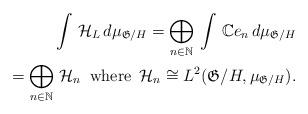
LaTeX: \begin{align*}\int \, \mathcal{H}_L \, d\mu_{\mathfrak{G}/H} = \bigoplus \limits_{n \in \mathbb{N}} \, \int \, \mathbb{C} e_n \, d\mu_{\mathfrak{G}/H} \\= \bigoplus \limits_{n \in \mathbb{N}} \, \mathcal{H}_n\,\,\,\textrm{where} \,\,\, \mathcal{H}_n \cong L^2 (\mathfrak{G}/H , \mu_{\mathfrak{G}/H}).\end{align*}